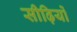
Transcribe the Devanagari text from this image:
सीढ़ियों